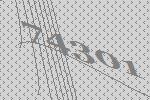
74301